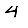
Digit: 4